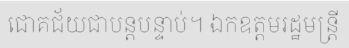
ជោគជ័យជាបន្តបន្ទាប់។ ឯកឧត្តមរដ្ឋមន្ត្រី